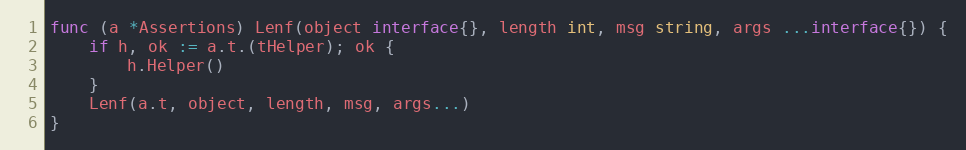
Language: Go
func (a *Assertions) Lenf(object interface{}, length int, msg string, args ...interface{}) {
	if h, ok := a.t.(tHelper); ok {
		h.Helper()
	}
	Lenf(a.t, object, length, msg, args...)
}